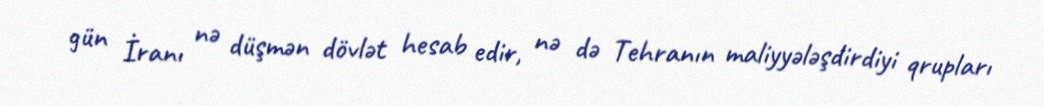
gün İranı nə düşmən dövlət hesab edir, nə də Tehranın maliyyələşdirdiyi qrupları